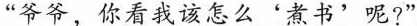
“爷爷，你看我该怎么'煮书'呢?”